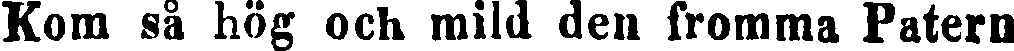
Kom så hög och mild den fromma Patern